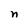
Character: n